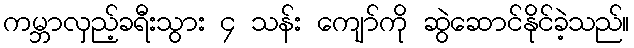
ကမ္ဘာလှည့်ခရီးသွား ၄ သန်း ကျော်ကို ဆွဲဆောင်နိုင်ခဲ့သည်။